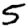
Digit: 5